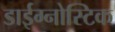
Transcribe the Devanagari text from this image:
डाईग्नोस्टिक